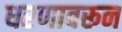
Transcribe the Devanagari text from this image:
धरणावरून